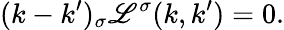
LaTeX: (k-k^{\prime})_{\sigma}\mathscr{L}^{\sigma}(k,k^{\prime})=0.